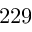
2 2 9